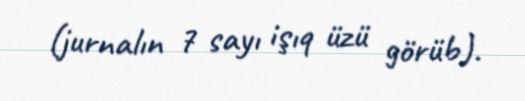
(jurnalın 7 sayı işıq üzü görüb).